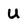
Character: U